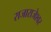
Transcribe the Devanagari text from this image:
राजाराजेश्‍वर